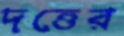
দত্তের